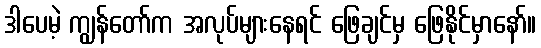
ဒါပေမဲ့ ကျွန်တော်က အလုပ်များနေရင် ဖြေချင်မှ ဖြေနိုင်မှာနော်။